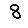
Digit: 8